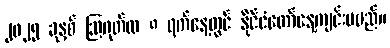
၂၀၂၅ ခုနှစ် ဩဂုတ်လ ၈ ရက်နေ့တွင် နိုင်ငံတော်နေ့ကျင်းပမည်။